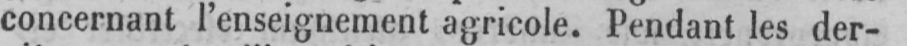
concernant l’enseignement agricole. Pendant les der-